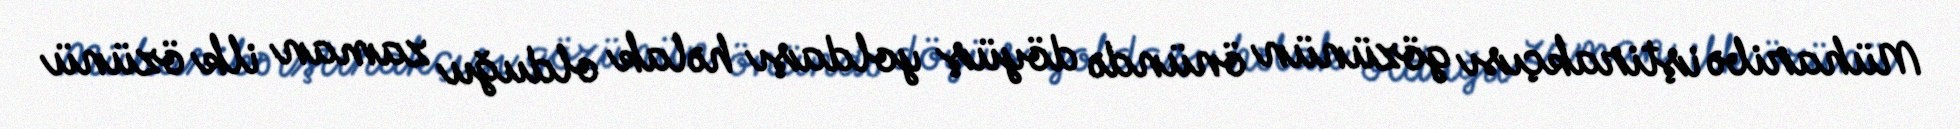
Müharibə iştirakçısı gözünün önündə döyüş yoldaşı həlak olduğu zaman ilk özünü